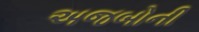
અજબોની